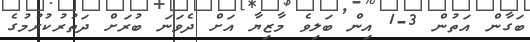
ބަގާން އަތުން 3-1 އިން ބަލިވެ މާޒިޔާ އަށް ދެވަނަ ބުރަށް ދަތުރުކުރުމުގެ